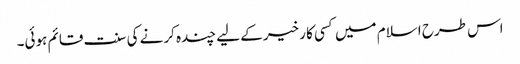
اس طرح اسلام میں کسی کا رخیر کے لیے چندہ کرنے کی سنت قائم ہوئی۔